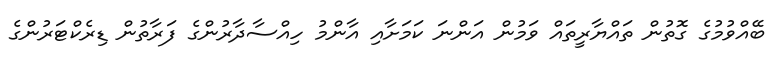
ބޭއްވުމުގެ ގޮތުން ތައްޔާރީތައް ވަމުން އަންނަ ކަމަށާއި އާންމު ހިއްސާދާރުންގެ ފަރާތުން ޑިރެކްޓަރުންގެ